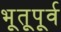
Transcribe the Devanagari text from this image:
भूतूपूर्व